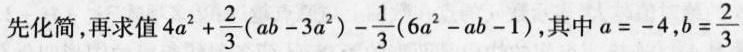
先化简，再求$$4 a ^ { 2 } + \frac { 2 } { 3 } ( a b - 3 a ^ { 2 } ) - \frac { 1 } { 3 } ( 6 a ^ { 2 } - a b - 1 )$$，其中$$a = - 4$$，$$b = \frac { 2 } { 3 }$$